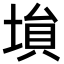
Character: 𡎖